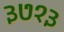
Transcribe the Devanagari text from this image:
३७१३